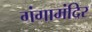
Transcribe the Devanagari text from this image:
गंगामंदिर